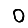
Digit: 0